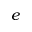
e